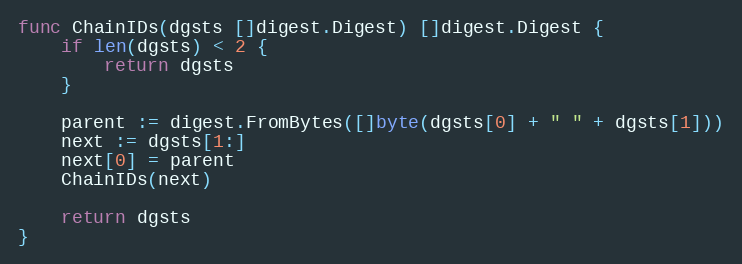
Language: Go
func ChainIDs(dgsts []digest.Digest) []digest.Digest {
	if len(dgsts) < 2 {
		return dgsts
	}

	parent := digest.FromBytes([]byte(dgsts[0] + " " + dgsts[1]))
	next := dgsts[1:]
	next[0] = parent
	ChainIDs(next)

	return dgsts
}